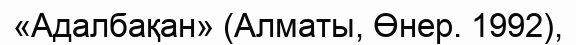
«Адалбақан» (Алматы, Өнер. 1992),